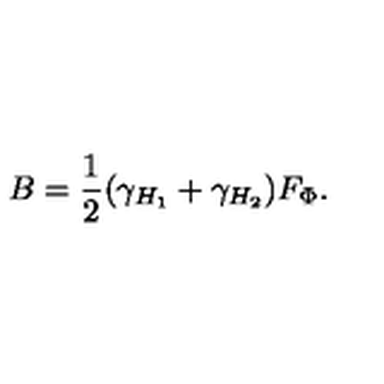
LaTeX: B = \frac { 1 } { 2 } ( \gamma _ { H _ { 1 } } + \gamma _ { H _ { 2 } } ) F _ { \Phi } .